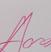
Signature authenticity: genuine